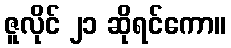
ဇူလိုင် ၂၁ ဆိုရင်ကော။